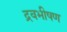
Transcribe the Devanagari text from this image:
द्रवभीषण